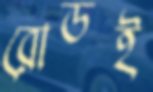
রোডই